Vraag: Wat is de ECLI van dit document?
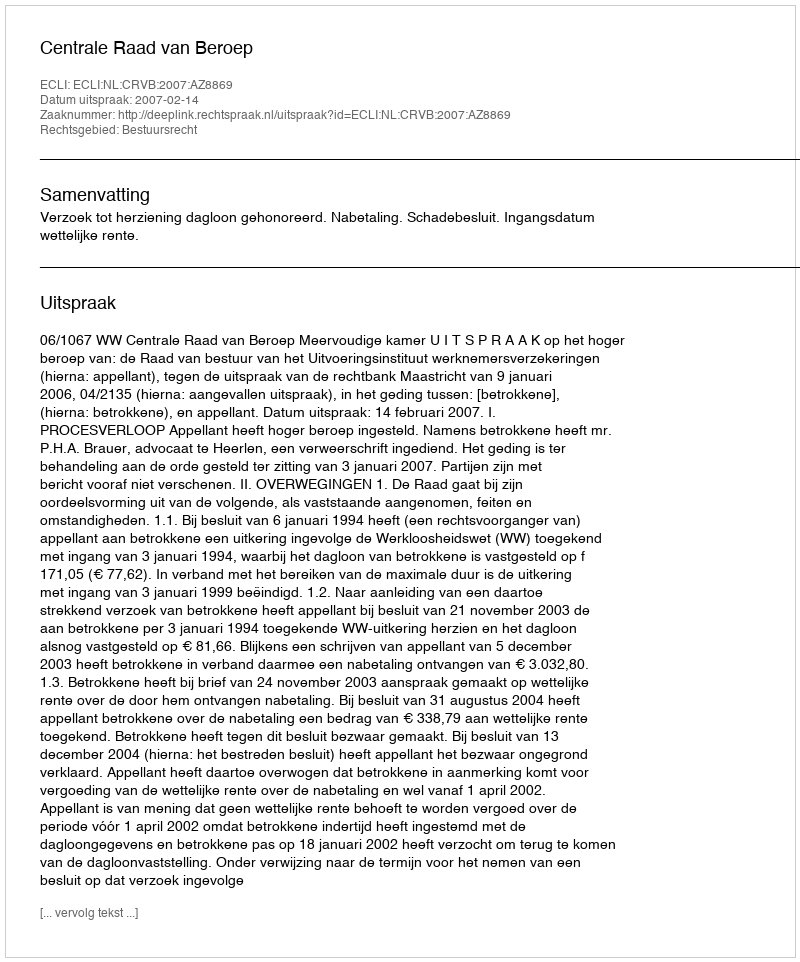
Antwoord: ECLI:NL:CRVB:2007:AZ8869